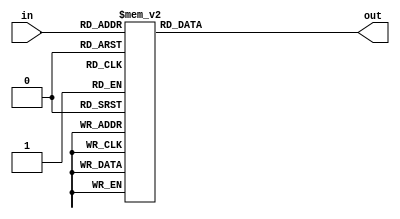
module display_catod (in, out);

input[3:0] in;
output reg[7:0] out;

//out[0] = CA iar out[6] = CG,out[7]=DP
always @(*)
begin		
    case(in)
        4'h0: out = 8'b11000000; //192
        4'h1: out = 8'b11111001; //249
        4'h2: out = 8'b10100100; //164
        4'h3: out = 8'b10110000; //176
        4'h4: out = 8'b10011001; //153
        4'h5: out = 8'b10010010; //146
        4'h6: out = 8'b10000010; //130
        4'h7: out = 8'b11111000; //248
        4'h8: out = 8'b10000000; //128
        4'h9: out = 8'b10010000; //144
	default: out = 8'b11111111;  //255
    endcase
end
	
endmodule